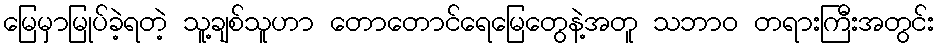
မြေမှာမြုပ်ခဲ့ရတဲ့ သူ့ချစ်သူဟာ တောတောင်ရေမြေတွေနဲ့အတူ သဘာဝ တရားကြီးအတွင်း